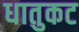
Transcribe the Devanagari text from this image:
धातुकट